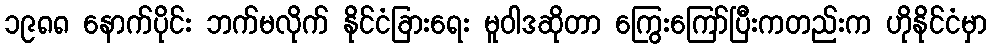
၁၉၈၈ နောက်ပိုင်း ဘက်မလိုက် နိုင်ငံခြားရေး မူဝါဒဆိုတာ ကြွေးကြော်ပြီးကတည်းက ဟိုနိုင်ငံမှာ